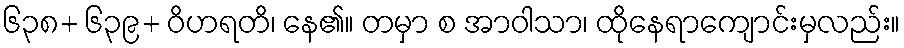
၆၃၈+ ၆၃၉+ ဝိဟရတိ၊ နေ၏။ တမှာ စ အာဝါသာ၊ ထိုနေရာကျောင်းမှလည်း။